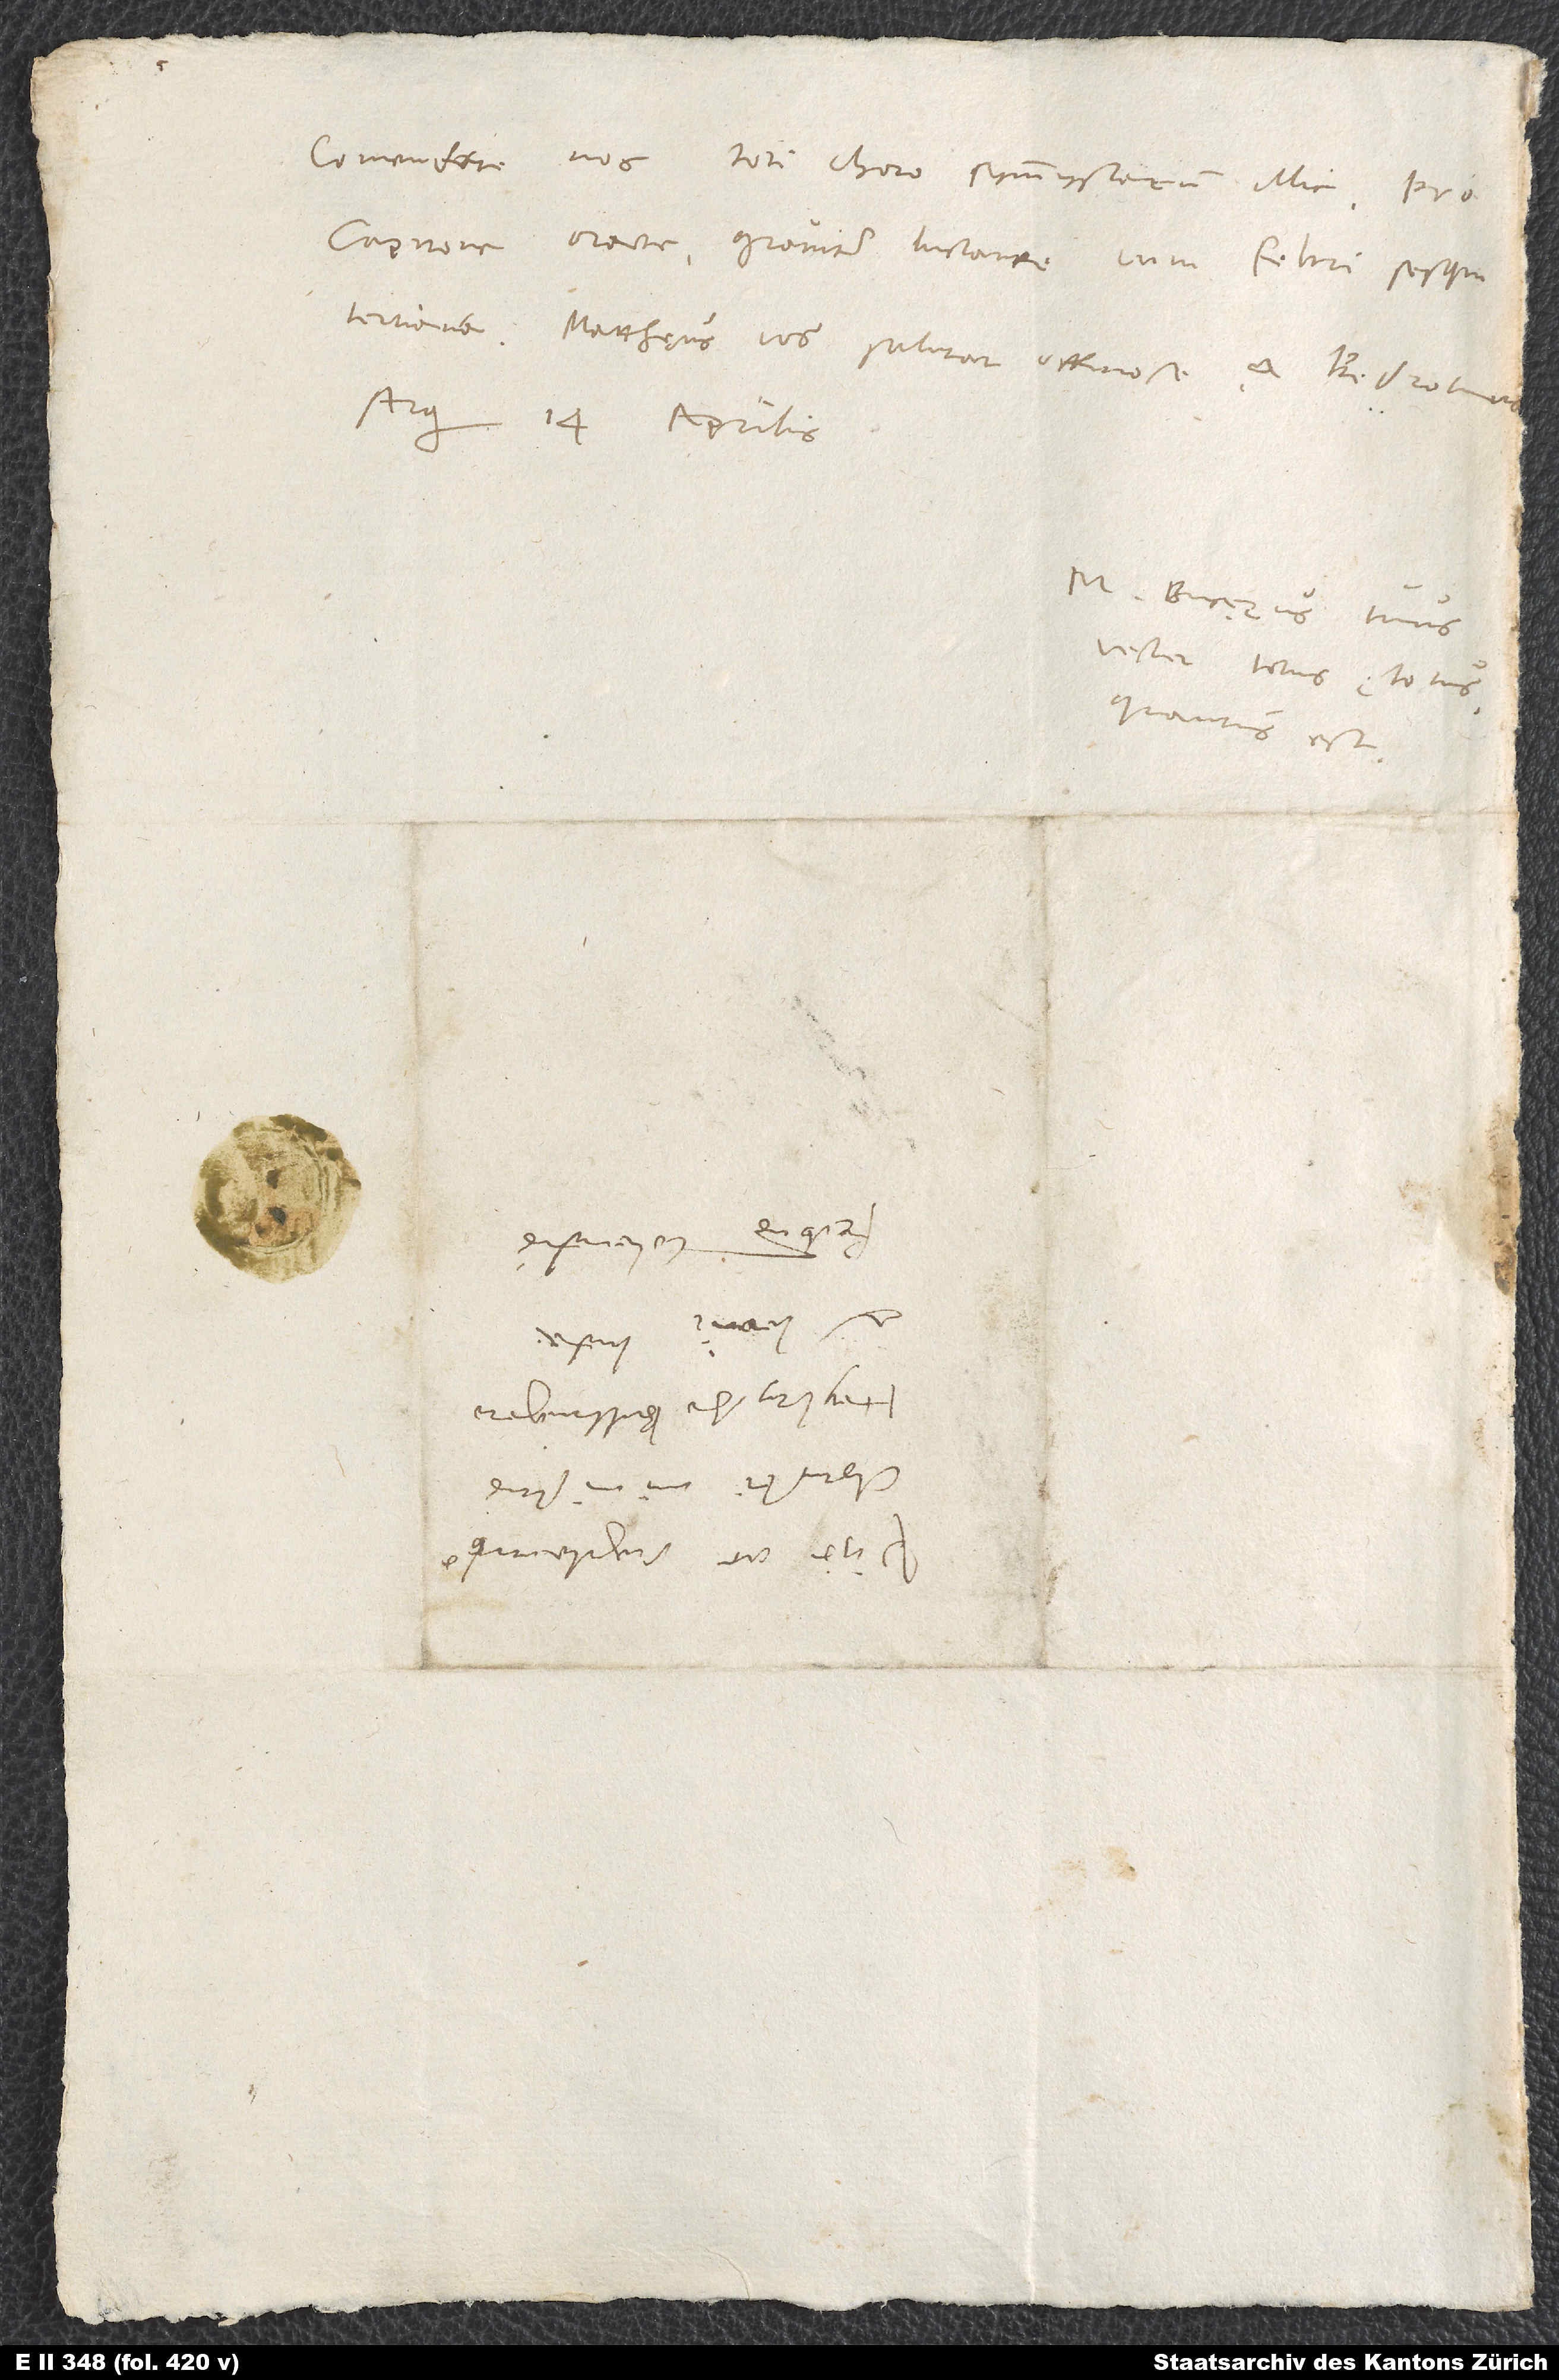
Comendate nos toti choro symmystarum illic. Pro
Capitone orate graviter luctante cum febri sesquitertiana.
Matthaeus vos salutat officiose et Bedrotus.
14. aprilis.
M. Bucerus tuus,
vester totus, totus,
quantus est.